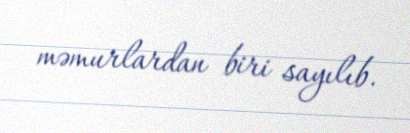
məmurlardan biri sayılıb.